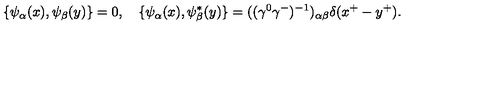
\{ { \psi } _ { \alpha } ( x ) , { \psi } _ { \beta } ( y ) \} = 0 , \quad \{ { \psi } _ { \alpha } ( x ) , { \psi } _ { \beta } ^ { \ast } ( y ) \} = ( ( { \gamma } ^ { 0 } { \gamma } ^ { - } ) ^ { - 1 } ) _ { { \alpha } { \beta } } { \delta } ( x ^ { + } - y ^ { + } ) .